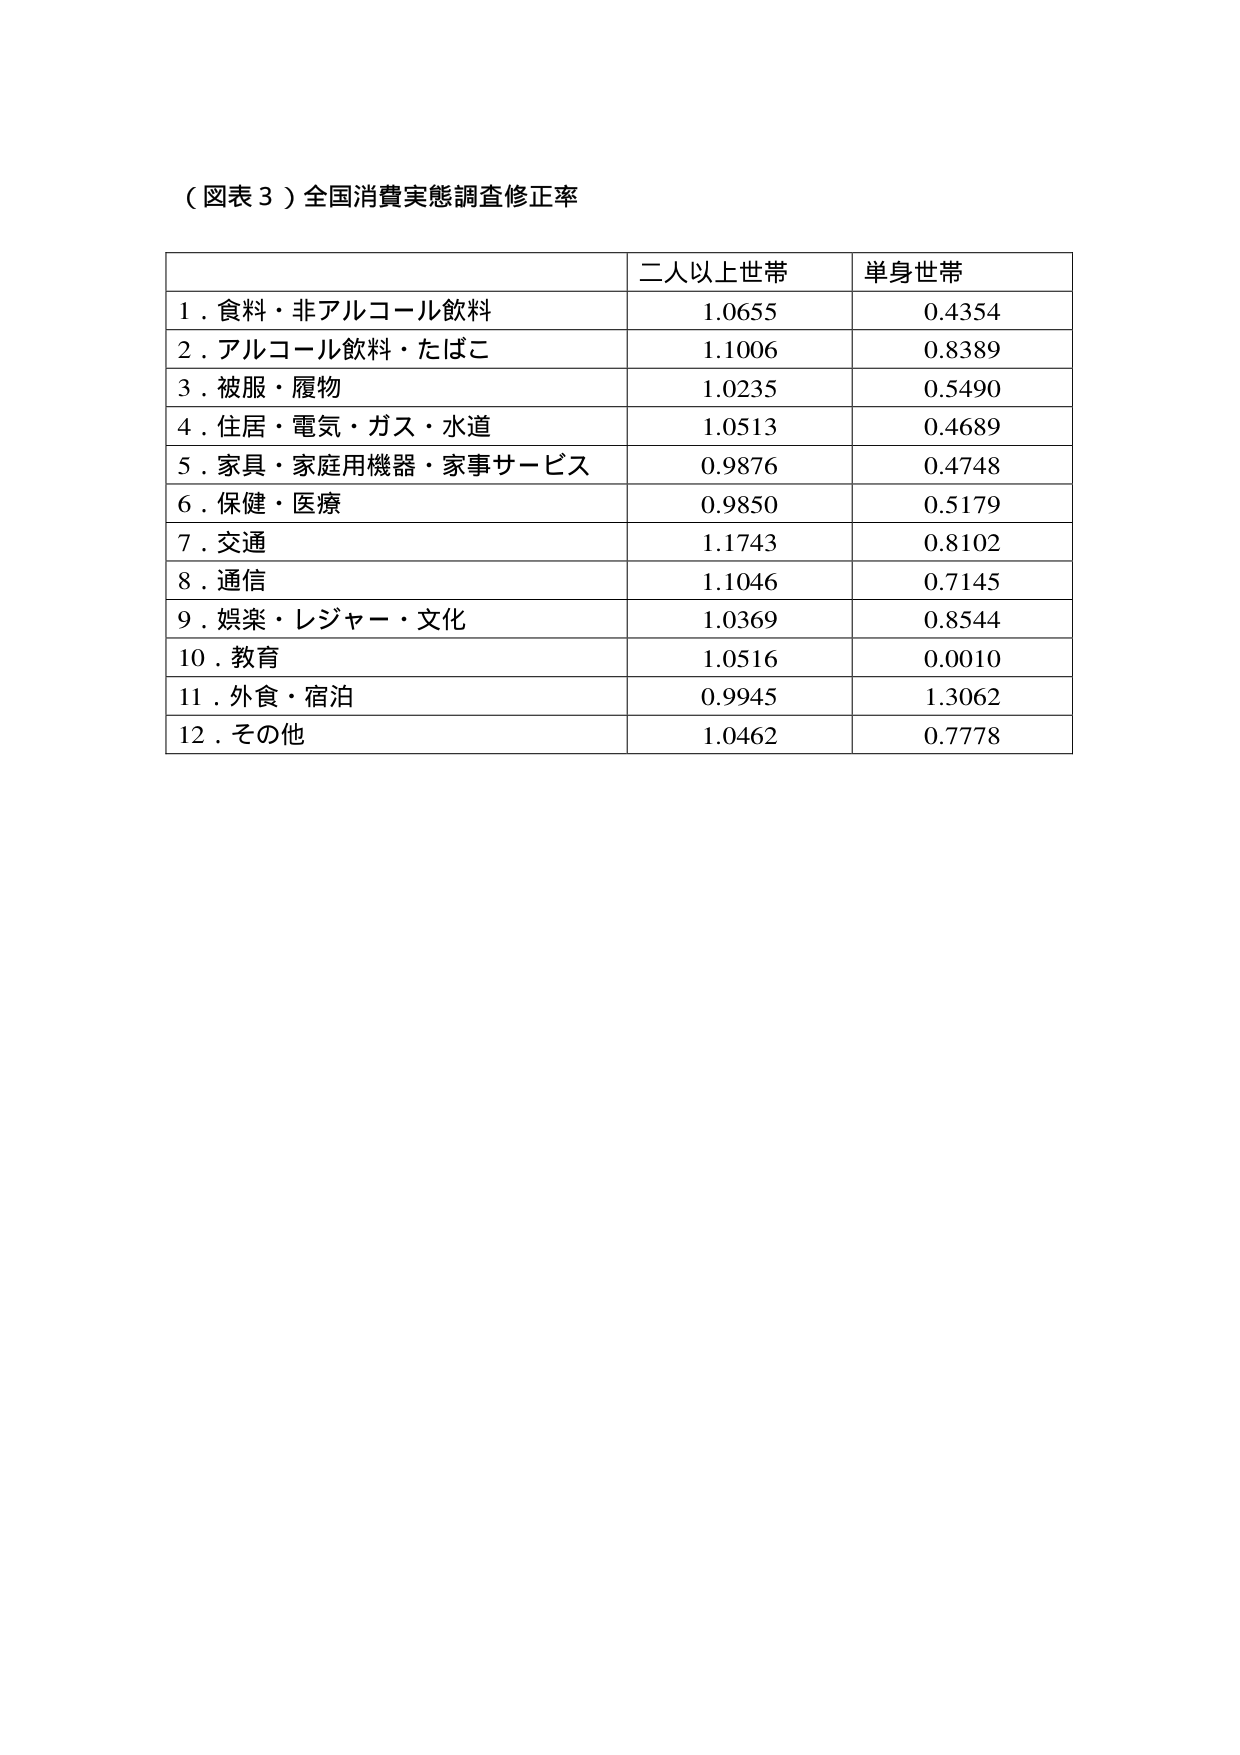
（図表３）全国消費実態調査修正率

二人以上世帯　　単身世帯
1．食料・非アルコール飲料　　　1.0655　　　0.4354
2．アルコール飲料・たばこ　　　1.1006　　　0.8389
3．被服・履物　　　　　　　　　1.0235　　　0.5490
4．住居・電気・ガス・水道　　　1.0513　　　0.4689
5．家具・家庭用機器・家事サービス　0.9876　　　0.4748
6．保健・医療　　　　　　　　　0.9850　　　0.5179
7．交通　　　　　　　　　　　　1.1743　　　0.8102
8．通信　　　　　　　　　　　　1.1046　　　0.7145
9．娯楽・レジャー・文化　　　　1.0369　　　0.8544
10．教育　　　　　　　　　　　　1.0516　　　0.0010
11．外食・宿泊　　　　　　　　　0.9945　　　1.3062
12．その他　　　　　　　　　　　1.0462　　　0.7778